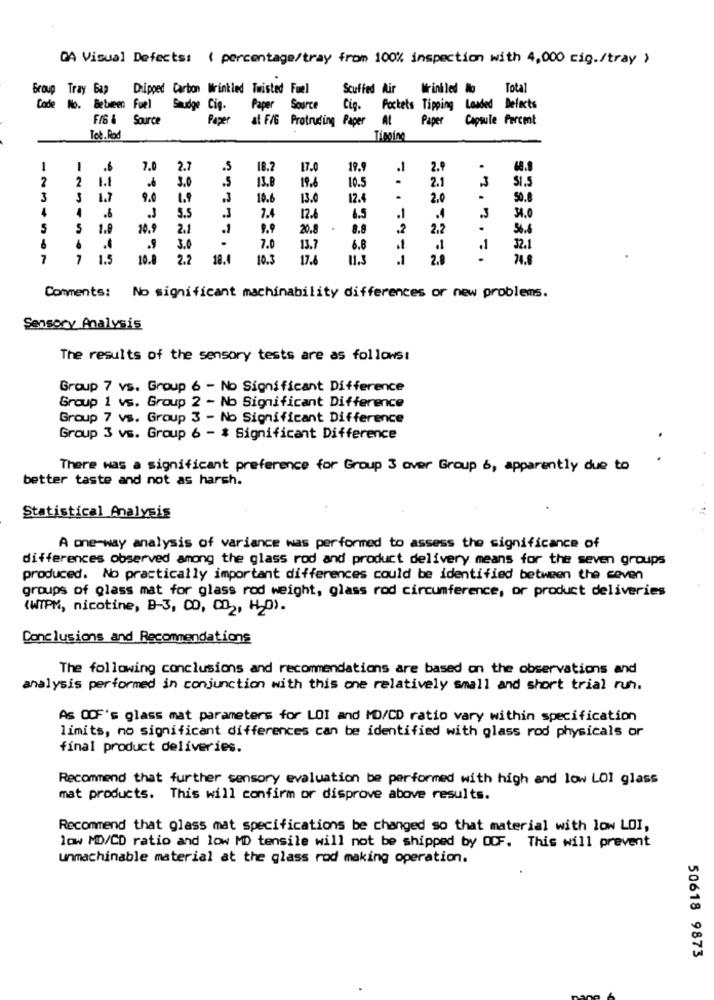
GA Visual Defects: ( percentage/tray from 100% inspection with 4,000 cig./tray >
Group Tray Bag Dripped Carbon Wrinkled Twisted Fuel
Stuffed Air Wrinkled lo
Total
Code No. Between Fuel
Smudge Cig.
Paper Source
Cig. Pockets Tipping Loaded Defects
FIG & Source
Paper
at F/6 Protruding Paper At
Paper
Capsule Percent
Tot. Rad
Tipping
1
-
7.0
2.7
.S
18.2
17.0
19.9
.1
2.9
.
68.9
2
2
5
19.6
10.5
2.1
3
51.5
1.1
3.0
13.8
3
3 1.7
9.0
1.9
10.6
13.0
12.4
2.0
50.8
4
4
.J
5.5
7.4
12.6
6.5
.1
.4
3
34.0
5
S
1.8
20.9
2.1
9.9
20.8
8.8
2
2.2
1'
56.4
6
3.0
7.0
13.7
6.8
32.1
7
1
1.5
10.8
2.2
18.0
10.3
17.6
11.3
.1
2.8
.
24.8
Comments: No significant machinability differences or new problems.
Sensory Analysis
The results of the sensory tests are as follows:
Group 7 vs. Group 6 - No Significant Difference
Group 1 vs. Group 2 - No Significant Difference
Group 7 vs. Group 3 - No Significant Difference
Group 3 vs. Group 6 - * Significant Difference
There was a significant preference for Group 3 over Group 6, apparently due to
better taste and not as harsh.
Statistical Analysis
A one-way analysis of variance was performed to assess the significance of
differences observed among the glass rod and product delivery means for the seven groups
produced. No practically important differences could be identified between the seven
groups of glass mat for glass rod weight, glass rod circumference, or product deliveries
(WIPM, nicotine, B-3, CD, CD2, H2O).
Conclusions and Recommendations
The following conclusions and recommendations are based on the observations and
analysis performed in conjunction with this one relatively small and short trial run.
As OOF's glass mat parameters for LOI and MD/CD ratio vary within specification
limits, no significant differences can be identified with glass rod physicals or
final product deliveries.
Recommend that further sensory evaluation be performed with high and low LOI glass
mat products. This will confirm or disprove above results.
Recommend that glass mat specifications be changed so that material with low LOI,
low MD/CD ratio and low MD tensile will not be shipped by OCF. This will prevent
unmachinable material at the glass rod making operation.
50618 9873